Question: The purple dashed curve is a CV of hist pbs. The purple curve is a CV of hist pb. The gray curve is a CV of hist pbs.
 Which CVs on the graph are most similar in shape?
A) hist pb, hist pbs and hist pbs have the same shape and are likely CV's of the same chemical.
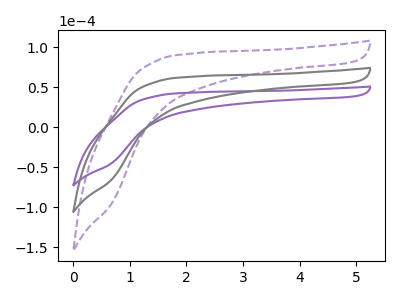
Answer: <think>The purple dashed curve "hist pbs" has no peaks. The purple curve "hist pb" has no peaks. The gray curve "hist pbs" has no peaks.
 Neither "hist pbs" or "hist pb" have any peaks. Neither "hist pbs" or "hist pbs" have any peaks. Neither "hist pb" or "hist pbs" have any peaks.</think>
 <answer>A) "hist pb", "hist pbs" and "hist pbs" have the same shape and are likely CV's of the same chemical.</answer>
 <eval>A</eval>